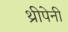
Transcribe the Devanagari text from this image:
थ्रीपेनी